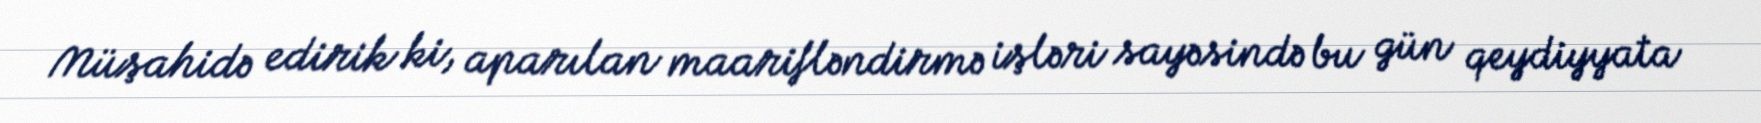
Müşahidə edirik ki, aparılan maarifləndirmə işləri sayəsində bu gün qeydiyyata